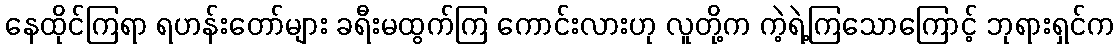
နေထိုင်ကြရာ ရဟန်းတော်များ ခရီးမထွက်ကြ ကောင်းလားဟု လူတို့က ကဲ့ရဲ့ကြသောကြောင့် ဘုရားရှင်က